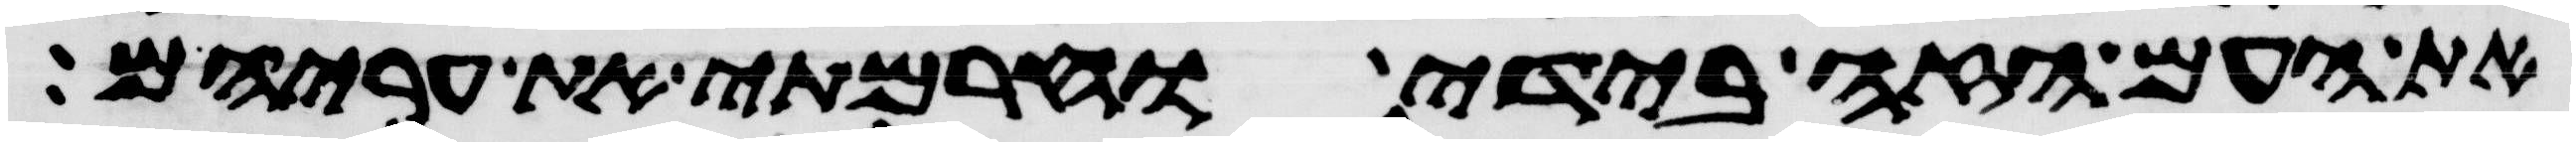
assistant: את העם הזה בידי וחרמתי את עריהם